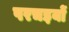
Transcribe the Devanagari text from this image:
परचइयों